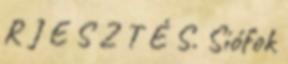
R J E S Z T É S. Siófok